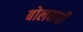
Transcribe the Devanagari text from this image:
बोलवावी